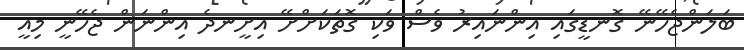
ބަލަންޖެހޭނޭ ގޮނޑީގައި އިންނައިރު ވެސް ވަކި ގޮތަކަށްށޭ އިށީނދެ އިންނަން ޖެހޭނީ މިއީ